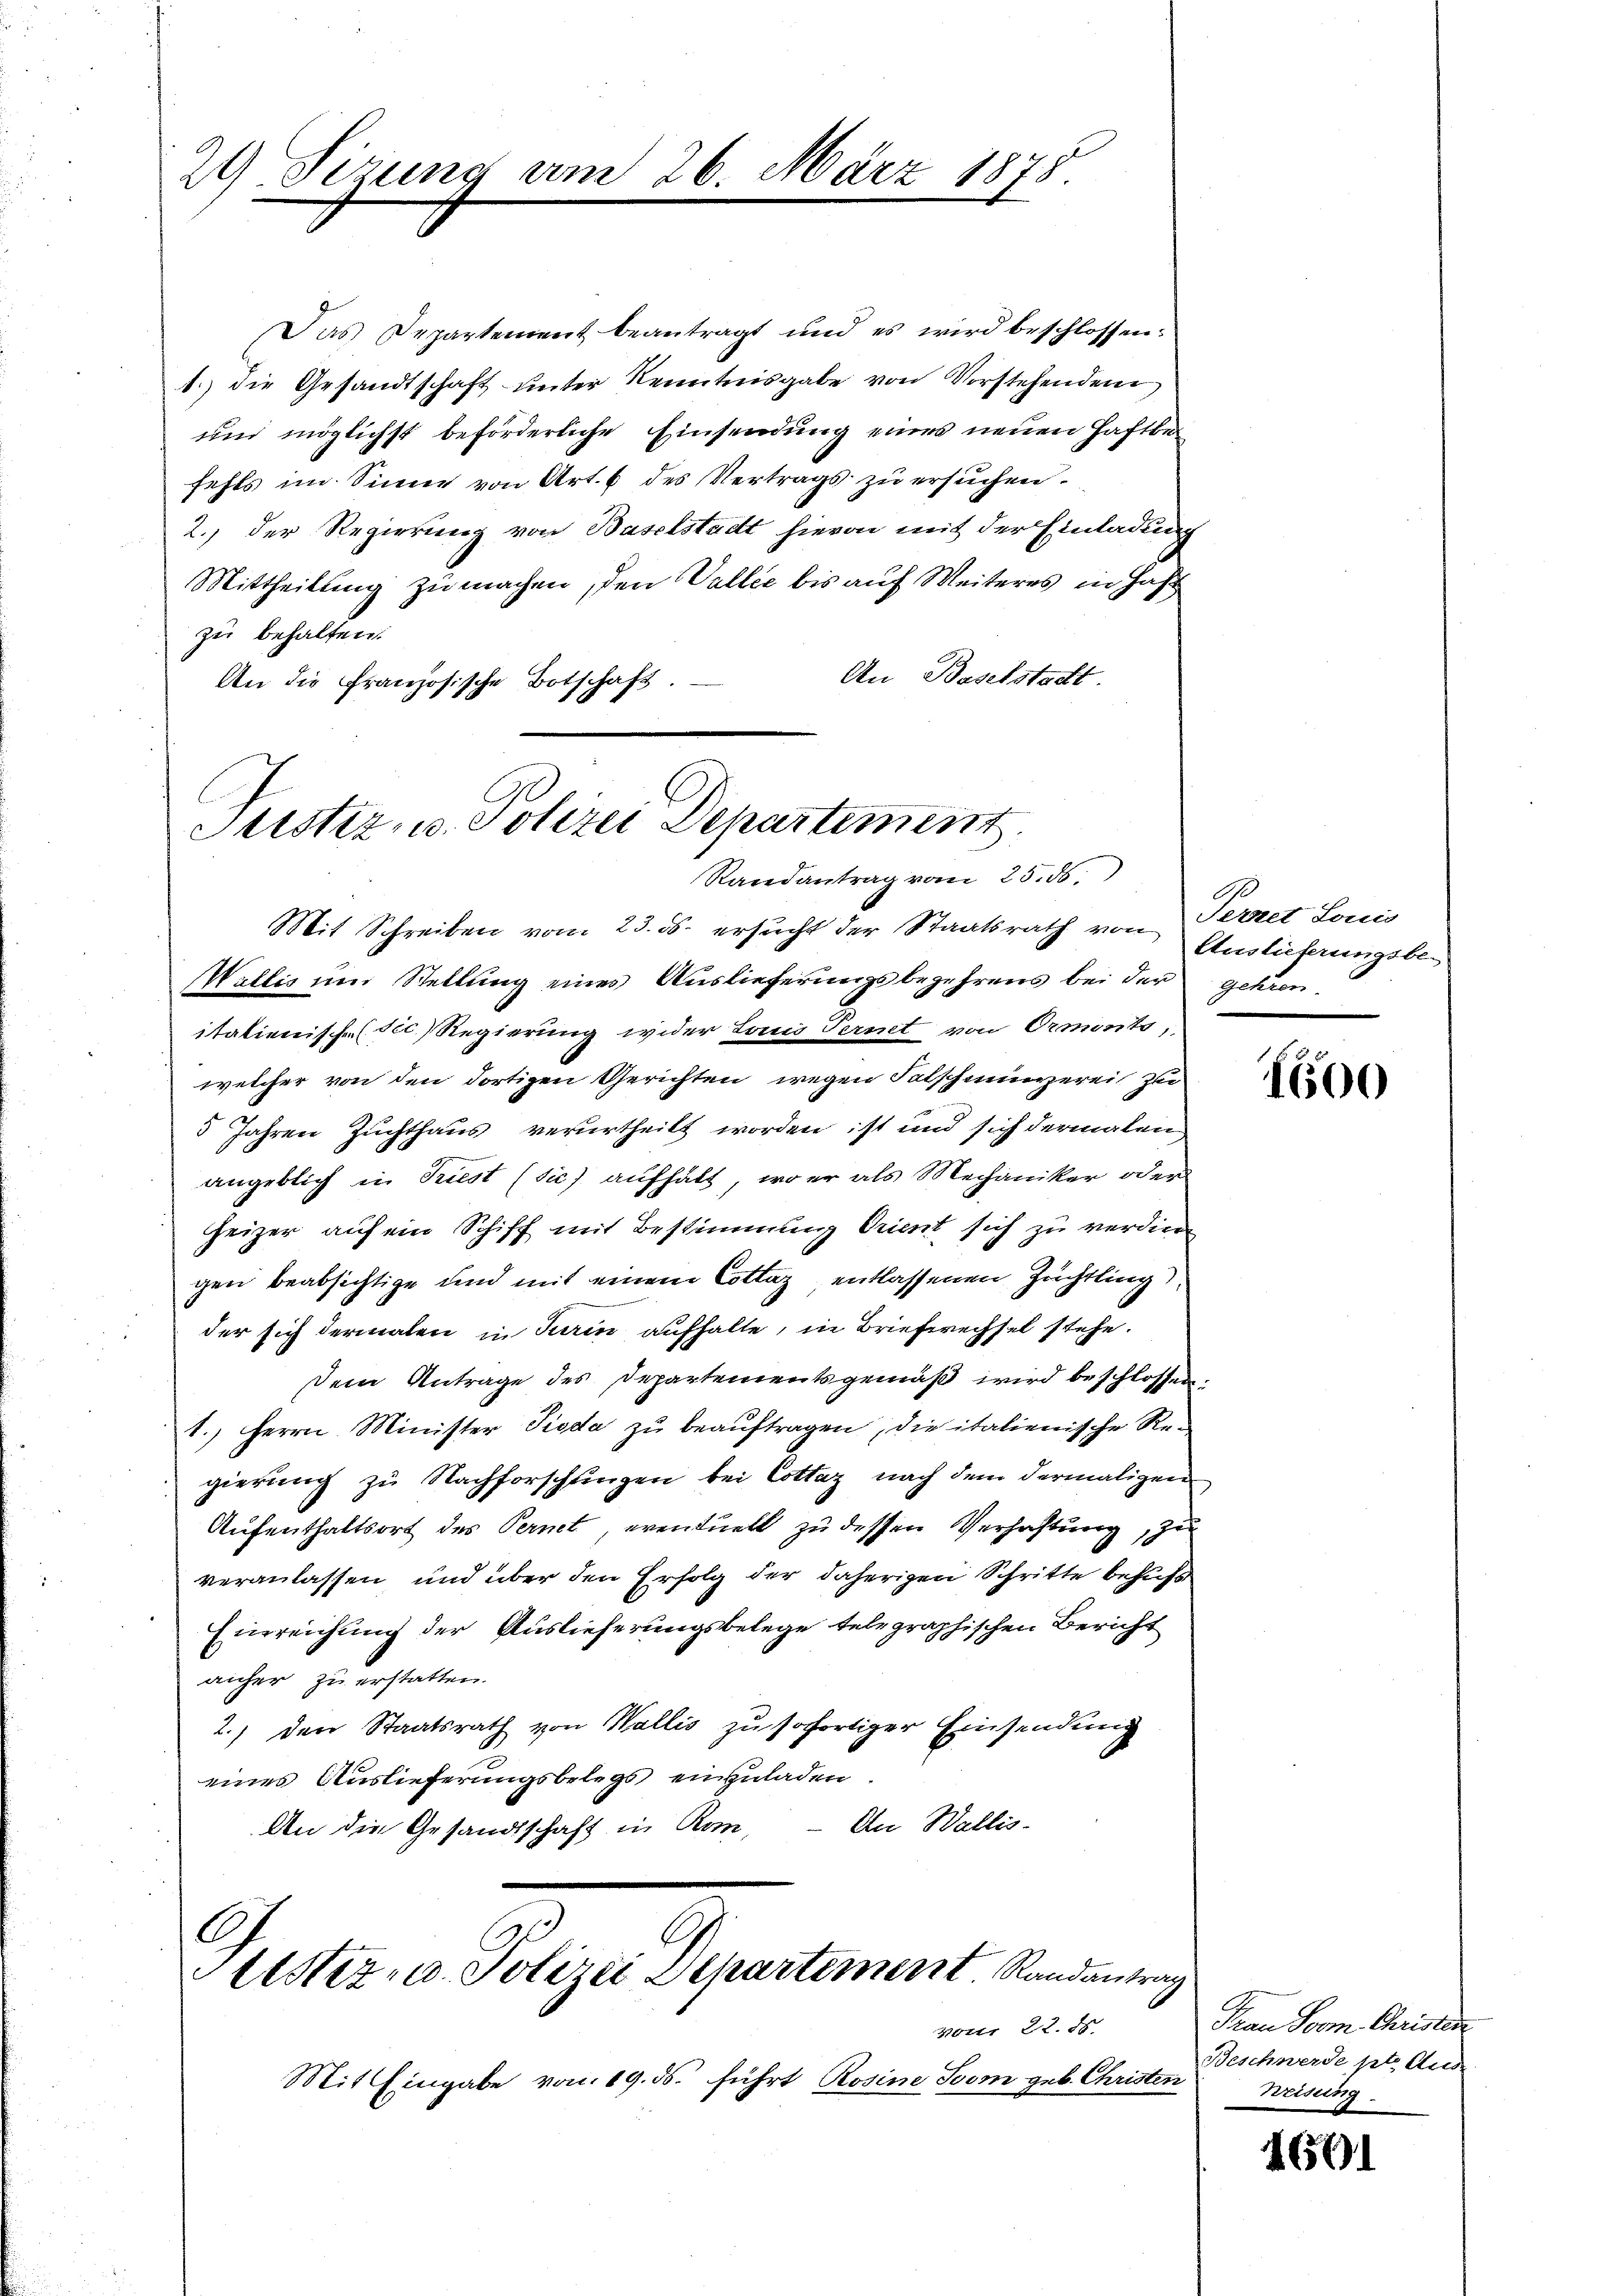
29 Sizung

März 1878

Das Departement beantragt und es wird beschlossen:
1. die Gesandtschaft unter Kenntnisgabe von Vorstehenden
und möglichst beförderliche Einsendung eines neuen Haftba
fehls im Sinne von Art. 6 des Vertrags zu ersŭchen.
2.) Der Regierung von Baselstadt hievon mit der Einladung
Mittheilung zu machen, den Vallić bis auf Weiteres in Hast
ze behalten.
An Baselstadt
An die Französische Botschaft.

Justiz, u. Polizei Departement
Randantrag vom 25. 56.
Mit Schreiben vom 23. ds. ersŭcht der Staatsrath von Auslieferungsbe¬
Wallis um Stellung eines Auslieferungsbegehrens bei der gehren

itatienische (sec. Regierung wider Land Ternet von Ormonts,
welcher von den dortigen Gerichten wegen Fatschmünzerei zu
5 Jahren Zuchthaus verurtheilt worden ist und sich dermalen
angeblich in Triest (sie) aufhält, wo er als Mechaniker oder
heizer auf ein Schiff mit Bestimmung Orient sich zu verdiene
gen beabsichtige und mit einem Collaz, entlassenen Züchtling
der sich dermalen in Turin aufhalte, in Briefwechsel stehe.
dem Antrage des Departementsgemäβ wird beschlossen:
1. Herrn Minister Pioda zu beauftragen, die italienische Regierung zu Nachforschungen bei Cottaz nach dem dermaligen
Aufenthaltsort des Pernt, eventuell zu dessen Verhaftung, zu
veranlassen und über den Erfolg der daherigen Schritte behufs
Einreichung der Auslieferungsbelege telegraphischen Bericht
anher zu erstatten.
2.) den Staatsrath von Wallis zu sofortiger Einsendung
eines Auslieferungsbelegs einzuladen
An Wallis.
An die Gesandtschaft in Kom-

1
Sistiz- u. Polizei Separtement Randantrag

von 22. 85.
Mit Eingabe von 19. ds. führt Rosine Soom geb. Christen

Perret Louis

1600

Trau Soom. Christen
Beschwerde pt. Aus-
Weisung

1601